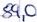
Text: 89,0